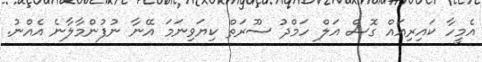
އެމީހާ ކައިރިއައް ގޮސް އަލް ހަމްދު ސޫރަތް ކިޔަވިނަމަ އޭނާ ނުފުންމާލާނެ އެއްނު.